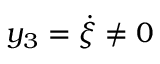
y _ { 3 } = \dot { \xi } \neq 0